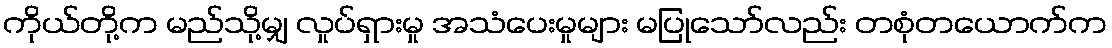
ကိုယ်တို့က မည်သို့မျှ လှုပ်ရှားမှု အသံပေးမှုများ မပြုသော်လည်း တစုံတယောက်က